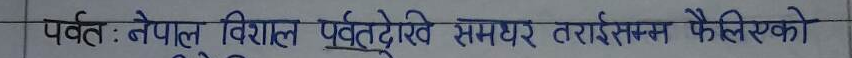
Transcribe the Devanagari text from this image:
पर्वत : नेपाल विशाल पर्वतेदेखि समथर तराईसम्म फैलिएको